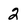
Character: 2